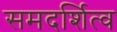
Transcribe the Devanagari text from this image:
समदर्शित्व